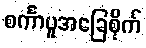
စင်္ကာပူအခြေစိုက်